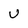
Character: U